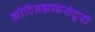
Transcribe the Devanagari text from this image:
कोटिब्रह्माडसंदुरी